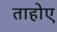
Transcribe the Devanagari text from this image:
ताहोए